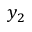
y _ { 2 }